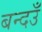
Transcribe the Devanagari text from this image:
बन्दउँ